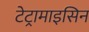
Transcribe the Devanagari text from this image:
टेट्रामाइसिन